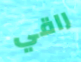
راقي